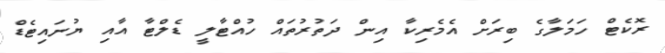
ރޮކެޓް ހަމަލާގެ ބިރަށް އެމެރިކާ އިން ދަތުރުތައް ހުއްޓާލީ ޑެލްޓާ އާއި ޔުނައިޓެޑް